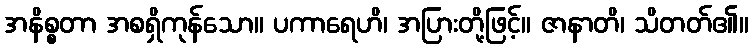
အနိစ္စတာ အစရှိကုန်သော။ ပကာရေဟိ၊ အပြားတို့ဖြင့်။ ဇာနာတိ၊ သိတတ်၏။